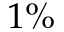
1 \%